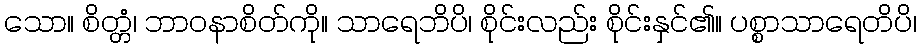
သော။ စိတ္တံ၊ ဘာဝနာစိတ်ကို။ သာရေဘိပိ၊ စိုင်းလည်း စိုင်းနှင်၏။ ပစ္စာသာရေတိပိ၊